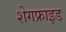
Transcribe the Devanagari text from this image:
शेगफ्राइड